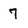
Character: 7